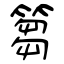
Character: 篘